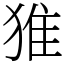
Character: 猚